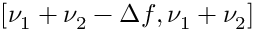
[ \nu _ { 1 } + \nu _ { 2 } - \Delta f , \nu _ { 1 } + \nu _ { 2 } ]